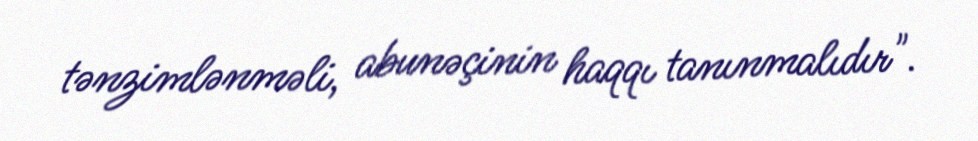
tənzimlənməli, abunəçinin haqqı tanınmalıdır".